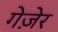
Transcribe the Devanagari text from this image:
गेज़ेर